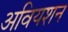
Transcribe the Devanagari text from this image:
अवियशन